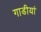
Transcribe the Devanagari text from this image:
गाडीयां